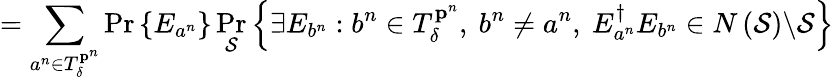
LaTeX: =\sum_{a^{n}\in T_{\delta}^{\mathbf{p}^{n}}}\operatorname*{Pr}\left\{ E_{a^{n}}\right\} \operatorname*{Pr}_{\mathcal{S}}\left\{ \exists E_{b^{n}}:b^{n}\in T_{\delta}^{\mathbf{p}^{n}},\ b^{n}\neq a^{n},\ E_{a^{n}}^{\dagger}E_{b^{n}}\in N\left({\mathcal{S}}\right)\backslash{\mathcal{S}}\right\}